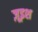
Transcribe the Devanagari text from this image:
ज़ूइश